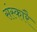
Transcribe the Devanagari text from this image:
संस्कारै